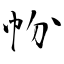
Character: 帉